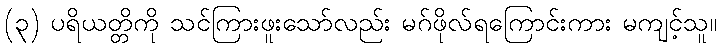
(၃) ပရိယတ္တိကို သင်ကြားဖူးသော်လည်း မဂ်ဖိုလ်ရကြောင်းကား မကျင့်သူ။